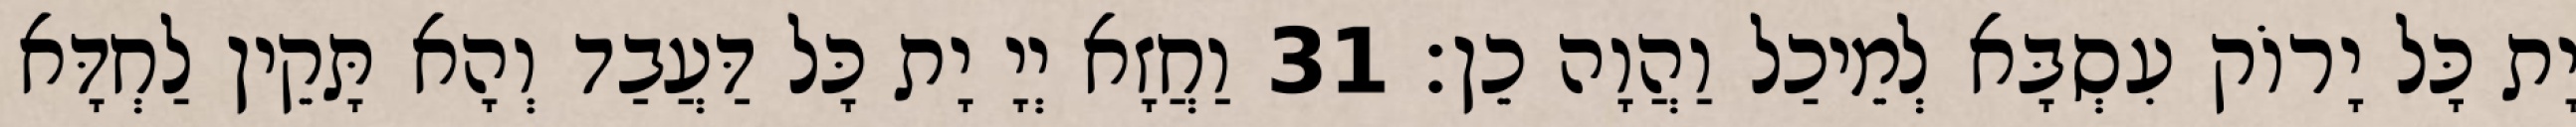
יָת כָּל יָרוֹק עִסְבָּא לְמֵיכַל וַהֲוָה כֵן׃ 31 וַחֲזָא יְיָ יָת כָּל דַּעֲבַד וְהָא תָּקֵין לַחְדָּא